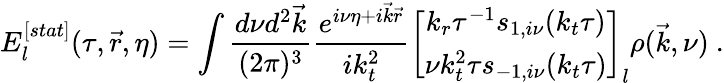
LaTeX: E_{l}^{[stat]}(\tau,{\vec{r}},\eta)=\int{\frac{d\nu d^{2}{\vec{k}}}{(2\pi)^{3}}}{\frac{e^{i\nu\eta+i{\vec{k}}{\vec{r}}}}{ik_{t}^{2}}}\left[\begin{array}{c}{{k_{r}\tau^{-1}s_{1,i\nu}(k_{t}\tau)}}\\ {{\nu k_{t}^{2}\tau s_{-1,i\nu}(k_{t}\tau)}}\end{array}\right]_{l}\rho({\vec{k}},\nu)~.